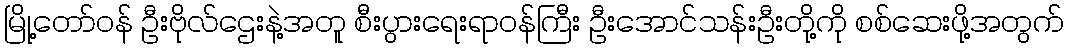
မြို့တော်ဝန် ဦးဗိုလ်ဌေးနဲ့အတူ စီးပွားရေးရာဝန်ကြီး ဦးအောင်သန်းဦးတို့ကို စစ်ဆေးဖို့အတွက်